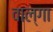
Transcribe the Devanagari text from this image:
वाल्गा